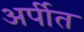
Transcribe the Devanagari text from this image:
अर्पीत